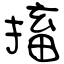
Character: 搐